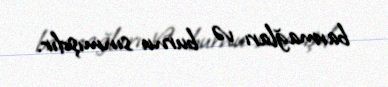
barmağları və burnu sınmışdır.